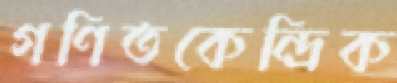
গণিতকেন্দ্রিক